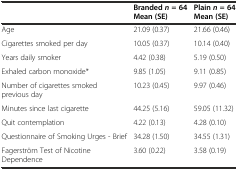
|  | Brandedn= 64 Mean (SE) | Plainn= 64 Mean (SE) |
 | --- | --- | --- |
 | Age | 21.09 (0.37) | 21.66 (0.46) |
 | Cigarettes smoked per day | 10.05 (0.37) | 10.14 (0.40) |
 | Years daily smoker | 4.42 (0.38) | 5.19 (0.50) |
 | Exhaled carbon monoxide* | 9.85 (1.05) | 9.11 (0.85) |
 | Number of cigarettes smoked previous day | 10.23 (0.45) | 9.97 (0.46) |
 | Minutes since last cigarette | 44.25 (5.16) | 59.05 (11.32) |
 | Quit contemplation | 4.22 (0.13) | 4.28 (0.10) |
 | Questionnaire of Smoking Urges - Brief | 34.28 (1.50) | 34.55 (1.31) |
 | Fagerström Test of Nicotine Dependence | 3.60 (0.22) | 3.58 (0.19) |